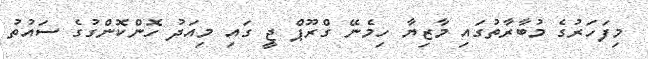
މިފަހަރުގެ މުބާރާތުގައި މާޒިޔާ ހިމެނޭ ގްރޫޕް ޖީ ގައި މިއަދު ހޮންކޮންގުގެ ސައުތު